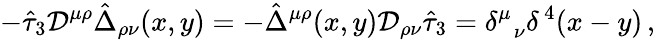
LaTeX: -\hat{\tau}_{3}{\cal D}^{\mu\rho}\hat{\Delta}_{\rho\nu}(x,y)=-\hat{\Delta}^{\mu\rho}(x,y){\cal D}_{\rho\nu}\hat{\tau}_{3}=\delta_{\; \; \nu}^{\mu}\delta^{\, 4}(x-y)\, ,